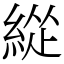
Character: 緃